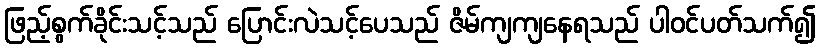
ဖြည့်စွက်ခိုင်းသင့်သည် ပြောင်းလဲသင့်ပေသည် ဇိမ်ကျကျနေရသည် ပါဝင်ပတ်သက်၍